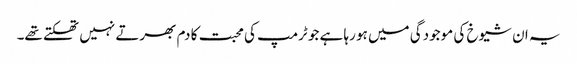
یہ ان شیوخ کی موجودگی میں ہو رہا ہے جو ٹرمپ کی محبت کا دم بھرتے نہیں تھکتے تھے۔